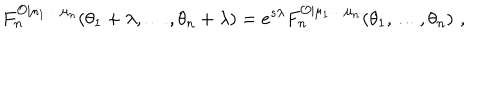
F _ { n } ^ { \mathcal { O } | \mu _ { 1 } \ldots \mu _ { n } } ( \theta _ { 1 } + \lambda , \ldots , \theta _ { n } + \lambda ) = e ^ { s \lambda } F _ { n } ^ { \mathcal { O } | \mu _ { 1 } \ldots \mu _ { n } } ( \theta _ { 1 } , \ldots , \theta _ { n } ) \, \, ,